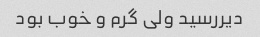
دیررسید ولی گرم و خوب بود